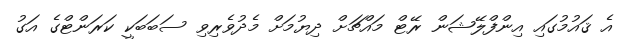
އެ ޤައުމުގައި އިންފްލޭޝަން ރޭޓް މައްޗަށް ދިޔުމަށް މެދުވެރިވި ސަބަބަކީ ކަރަންޓްގެ އަގު